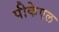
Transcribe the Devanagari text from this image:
पीकेएल